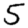
Digit: 5